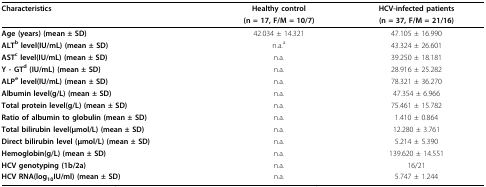
<table><thead><tr><td><b>Characteristics</b></td><td><b>Healthy control</b></td><td><b>HCV-infected patients</b></td></tr><tr><td></td><td><b>(n = 17, F/M = 10/7)</b></td><td><b>(n = 37, F/M = 21/16)</b></td></tr></thead><tbody><tr><td><b>Age (years) (mean ± SD)</b></td><td>42.034 ± 14.321</td><td>47.105 ± 16.990</td></tr><tr><td><b>ALT</b><sup><b>b </b></sup><b>level(IU/mL) (mean ± SD)</b></td><td>n.a.<sup>a</sup></td><td>43.324 ± 26.601</td></tr><tr><td><b>AST</b><sup><b>c </b></sup><b>level(IU/mL) (mean ± SD)</b></td><td>n.a.</td><td>39.250 ± 18.181</td></tr><tr><td><b>Y - GT<sup>d </sup>(IU/mL) (mean ± SD)</b></td><td>n.a.</td><td>28.916 ± 25.282</td></tr><tr><td><b>ALP</b><sup><b>e </b></sup><b>level(IU/mL) (mean ± SD)</b></td><td>n.a.</td><td>78.321 ± 36.270</td></tr><tr><td><b>Albumin level(g/L) (mean ± SD)</b></td><td>n.a.</td><td>47.354 ± 6.966</td></tr><tr><td><b>Total protein level(g/L) (mean ± SD)</b></td><td>n.a.</td><td>75.461 ± 15.782</td></tr><tr><td><b>Ratio of albumin to globulin (mean ± SD)</b></td><td>n.a.</td><td>1.410 ± 0.864</td></tr><tr><td><b>Total bilirubin level(μmol/L) (mean ± SD)</b></td><td>n.a.</td><td>12.280 ± 3.761</td></tr><tr><td><b>Direct bilirubin level (μmol/L) (mean ± SD)</b></td><td>n.a.</td><td>5.214 ± 5.390</td></tr><tr><td><b>Hemoglobin(g/L) (mean ± SD)</b></td><td>n.a.</td><td>139.620 ± 14.551</td></tr><tr><td><b>HCV genotyping (1b/2a)</b></td><td>n.a.</td><td>16/21</td></tr><tr><td><b>HCV RNA(log</b><sub><b>10</b></sub><b>IU/ml) (mean ± SD)</b></td><td>n.a.</td><td>5.747 ± 1.244</td></tr></tbody></table>